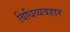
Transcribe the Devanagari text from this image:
विधिव्यवहार